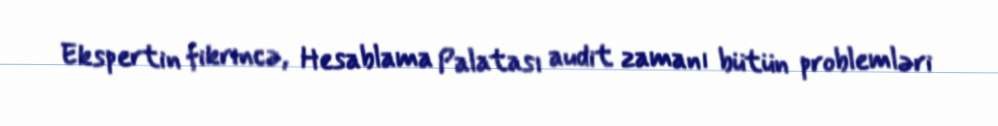
Ekspertin fikrincə, Hesablama Palatası audit zamanı bütün problemləri